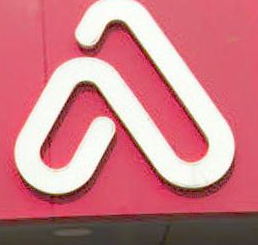
2